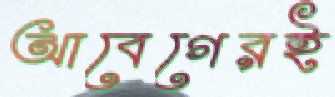
আবেগেরই